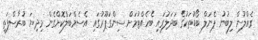
ގެއްލުން ލިބުނު ޕެނަލް ބޯޑުތަކުގެ ބަދަލުގައި ބެހެއްޓުމަށް ސިންގަޕޫރުގައި އެސެމްބަލްކޮށްގެން މިދިޔަ ބުރާސްފަތި